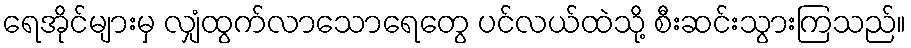
ရေအိုင်များမှ လျှံထွက်လာသောရေတွေ ပင်လယ်ထဲသို့ စီးဆင်းသွားကြသည်။